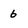
Character: 6